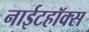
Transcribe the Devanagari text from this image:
नाईटहॉक्स